Materia medica of Madras volume I
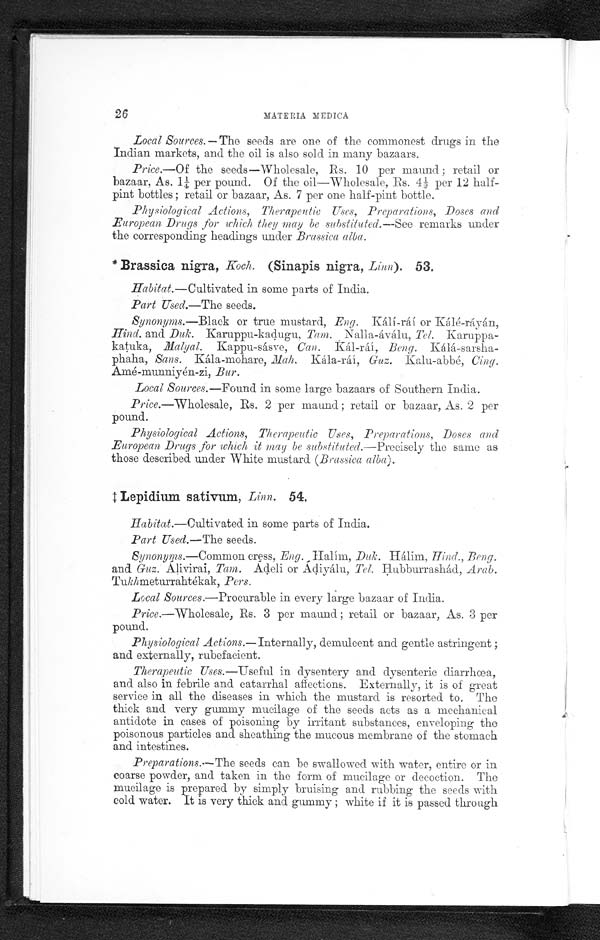
26
MATERIA MEDICA
Local Sources.—The seeds are one of the commonest drugs in the
Indian markets, and the oil is also sold in many bazaars.
Price.—Of the seeds—Wholesale, Rs. 10 per maund; retail or
bazaar, As. 1¼ per pound. Of the oil—Wholesale, Rs. 4¼ per 12 half-
pint bottles ; retail or bazaar, As. 7 per one half-pint bottle.
Physiological Actions, Therapeutic Uses, Preparations, Doses and
European Drugs for which they may be substituted.
—See remarks under
the corresponding headings under Brassica alba.
* Brassica nigra, Koch. (Sinapis nigra, Linn). 53.
Habitat.—Cultivated in some parts of India.
Part Used.—The seeds.
Synonyms.—Black or true mustard, Eng. Kálí-ráí or Kálé-ráyán,
Hind. and Duk. Karuppu-kadugu, Tam. Nalla-áválu, Tel.
Karuppa-katuka, Malyal. Kappa-sásve, Can. Kál-ráí
Beng. Kálá-sarsha-
phaha, Sans. Kála-mohare, Mah. Kál-ráí
Guz. Kalu-abbé, Cing.
Amé-munniyén-zi, Bur.
Local Sources.—Found in some large bazaars of Southern India.
Price.—Wholesale, Rs. 2 per maund ; retail or bazaar, As. 2 per
pound.
Physiological Actions, Therapeutic Uses, Preparations, Doses and
European Drugs ,for which it may be substituted.—Precisely the same as
those described under White mustard (Brassica alba).
‡ Lepidium sativum, Linn. 54.
Habitat.—Cultivated in some parts of India.
Part Used.—The seeds.
Synonyms.—Common cress, Eng. ,
Duk. Hálim, Hind., Beng.
and Guz. Alivirai, Tam. Ádeli or Ádiyálu, Tel. Hubburrashád, Arab.
Tukhmeturrahtékak, Pers.
Local Sources.—Procurable in every large bazaar of India.
Price.— Wholesale, Rs. 3 per maund ; retail or bazaar, As. 3 per
pound.
Physiological Actions.—Internally, demulcent and gentle astringent ;
and externally, rubefacient.
Therapeutic Uses.—Useful in dysentery and dysenteric diarrhœa,
and also in febrile and catarrhal affections. Externally, it is of great
service in all the diseases in which the mustard is resorted to. The
thick and very gummy mucilage of the seeds acts as a mechanical
antidote in cases of poisoning by irritant substances, enveloping the
poisonous particles and sheathing the mucous membrane of the stomach
and intestines.
Preparations.—The seeds can be swallowed with water, entire or in
coarse powder, and taken in the form of mucilage or decoction. The
mucilage is prepared by simply bruising and rubbing the seeds with
cold water. It is very thick and gummy ; white if it is passed through